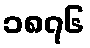
၁၈၇၆